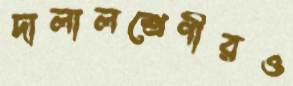
দালালশ্রেণীরও